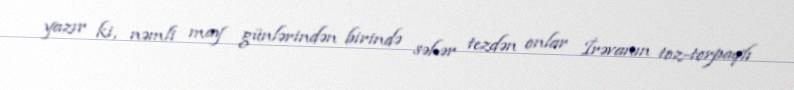
yazır ki, nəmli may günlərindən birində səhər tezdən onlar İrəvanın toz-torpaqlı